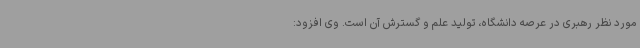
مورد نظر رهبری در عرصه دانشگاه، تولید علم و گسترش آن است. وی افزود: